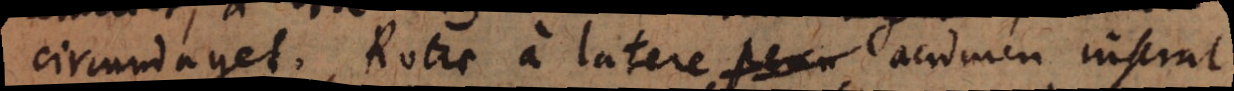
circumaget. Rotae a latere acumen inserat